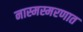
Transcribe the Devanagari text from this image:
नास्मस्मरणात